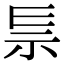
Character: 𥘐